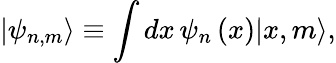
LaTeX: |\psi_{n,m}\rangle\equiv\int dx\, \psi_{n}\left(x\right)|x,m\rangle,